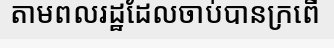
តាមពលរដ្ឋដែលចាប់បានក្រពើ